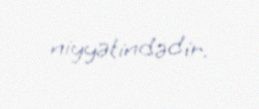
niyyətindədir.